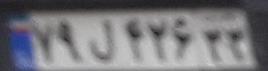
۷۹ل۴۲۶۳۳